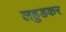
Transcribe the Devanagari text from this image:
लहुडकर